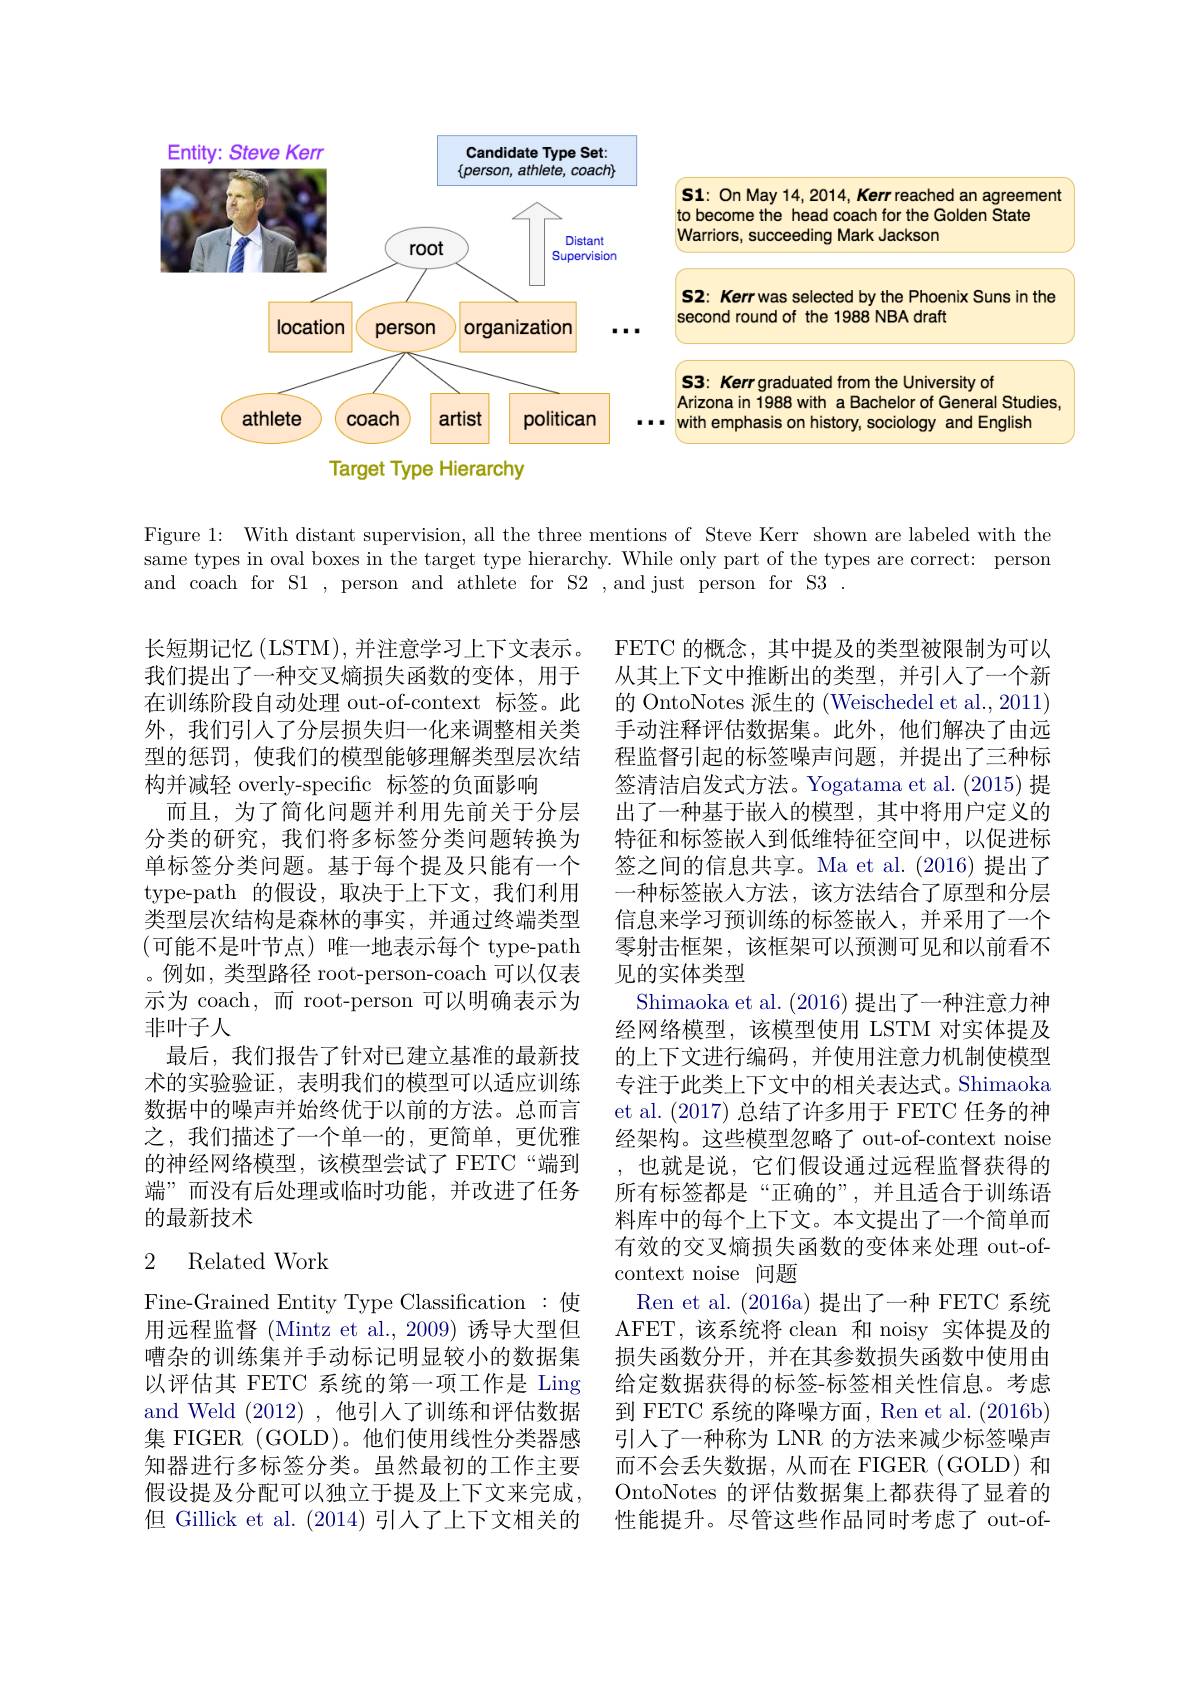
<FigureHere>

Figure 1: With distant supervision, all the three mentions of Steve Kerr shown are labeled with the same types in oval boxes in the target type hierarchy. While only part of the types are correct: person and coach for S1 , person and athlete for S2 ,and just person for S3 .

长短期记忆(LSTM),并注意学习上下文表示。我们提出了一种交叉熵损失函数的变体，用于在训练阶段自动处理 out-of-context 标签。此外，我们引人了分层损失归一化来调整相关类型的惩罚，使我们的模型能够理解类型层次结构并减轻 overly-specific 标签的负面影响
而且，为了简化问题并利用先前关于分层分类的研究，我们将多标签分类问题转换为单标签分类问题。基于每个提及只能有一个type-path 的假设，取决于上下文，我们利用类型层次结构是森林的事实，并通过终端类型(可能不是叶节点)唯一地表示每个 type-path 。例如，类型路径 root-person-coach 可以仅表示为 coach,而 root-person 可以明确表示为非叶子人
最后，我们报告了针对已建立基准的最新技术的实验验证，表明我们的模型可以适应训练数据中的噪声并始终优于以前的方法。总而言之，我们描述了一个单一的，更简单，更优雅的神经网络模型，该模型尝试了 FETC“端到端”而没有后处理或临时功能，并改进了任务的最新技术

FETC 的概念，其中提及的类型被限制为可以从其上下文中推断出的类型，并引人了一个新的 OntoNotes 派生的 (Weischedel et al.,2011) 手动注释评估数据集。此外，他们解决了由远程监督引起的标签噪声问题，并提出了三种标签清洁启发式方法。Yogatama et al.(2015) 提出了一种基于嵌人的模型，其中将用户定义的特征和标签嵌入到低维特征空间中，以促进标签之间的信息共享。Ma et al.(2016)提出了一种标签嵌人方法，该方法结合了原型和分层信息来学习预训练的标签嵌人，并采用了一个零射击框架，该框架可以预测可见和以前看不见的实体类型
Shimaoka et al. (2016)提出了一种注意力神经网络模型，该模型使用 LSTM 对实体提及的上下文进行编码，并使用注意力机制使模型专注于此类上下文中的相关表达式。Shimaoka et al.(2017) 总结了许多用于 FETC 任务的神经架构。这些模型忽略了 out-of-context noise
也就是说，它们假设通过远程监督获得的所有标签都是“正确的”,并且适合于训练语料库中的每个上下文。本文提出了一个简单而有效的交叉熵损失函数的变体来处理 out-ofcontext noise 问题
Ren et al. (2016a) 提出了一种 FETC 系统AFET,该系统将 clean 和 noisy 实体提及的损失函数分开，并在其参数损失函数中使用由给定数据获得的标签-标签相关性信息。考虑到 FETC 系统的降噪方面，Ren et al. (2016b) 引人了一种称为 LNR 的方法来减少标签噪声而不会丢失数据，从而在 FIGER(GOLD) 和OntoNotes 的评估数据集上都获得了显着的性能提升。尽管这些作品同时考虑了 out-of-

## 2 Related Work

Fine-Grained Entity Type Classification:使用远程监督 (Mintz et al.,2009)诱导大型但嘈杂的训练集并手动标记明显较小的数据集以评估其 FETC 系统的第一项工作是 Ling and Weld (2012) ,他引入了训练和评估数据集 FIGER (GOLD)。他们使用线性分类器感知器进行多标签分类。虽然最初的工作主要假设提及分配可以独立于提及上下文来完成， 但 Gillick et al. (2014)引入了上下文相关的